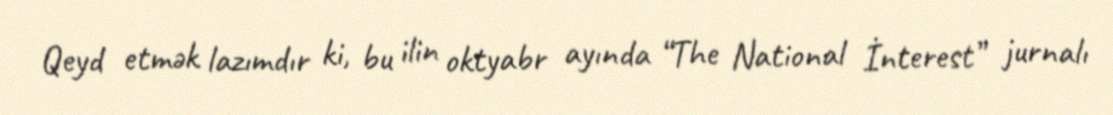
Qeyd etmək lazımdır ki, bu ilin oktyabr ayında “The National İnterest” jurnalı